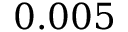
0 . 0 0 5